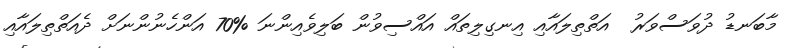
މާބަނޑު ދުވަސްވަރު  އަތްތިލައާއި އިނގިލިތައް އައްސިވުން ބަލިވެއިންނަ %70 އަންހެނުންނަށް ދެއަތްތިލައާއި